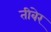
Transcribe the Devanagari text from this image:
तीबेर